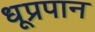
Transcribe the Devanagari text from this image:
धूप्रपान